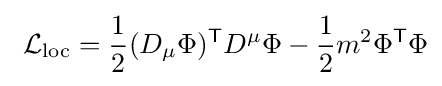
\ {\mathcal {L}}_{\mathrm {loc} }={\frac {1}{2}}(D_{\mu }\Phi )^{\mathsf {T}}D^{\mu }\Phi -{\frac {1}{2}}m^{2}\Phi ^{\mathsf {T}}\Phi